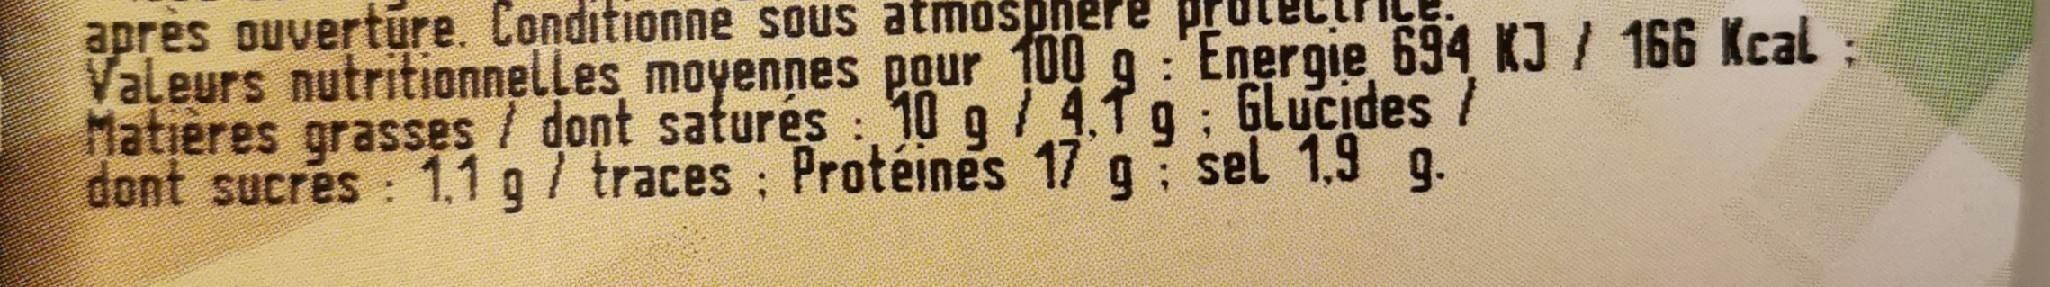
après ouvertūre. Conditionne sous atmospnere prutE
Valeurs nutritionnelLes moyennes pour 100 g :'Energie 694 KJ / 166 Kcal; Matières grasses
/ dont saturés: 10 g / 4.1 g: GLucides /
dont sucres : 1.1 g/ traces; Protéines 17 g sel 1,9 g.